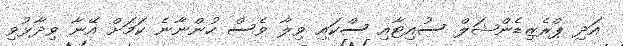
އަދި ޕްރެޒިޑެންޝަލް ސުއިޓާއި ސްކައި ވިލާ ވެސް ހުންނާނެ ކަމަށް އޭނާ ވިދާޅުވި